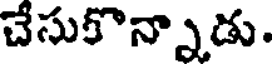
చేసుకొన్నాడు.